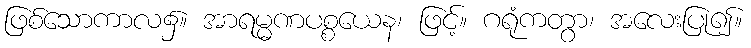
ဖြစ်သောကာလ၌။ အာရမ္မဏပစ္စယေန၊ ဖြင့်။ ဂရုံကတွာ၊ အလေးပြု၍။